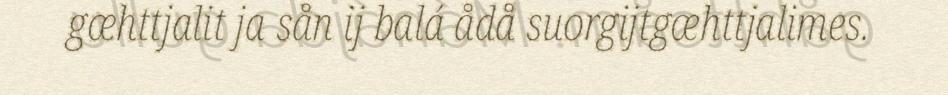
gæhttjalit ja sån ij balá ådå suorgijtgæhttjalimes.